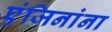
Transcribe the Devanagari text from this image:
एंजिनांना